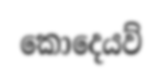
කොදෙයව්